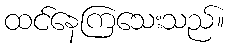
ထင်နေကြသေးသည်။